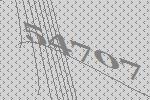
54707